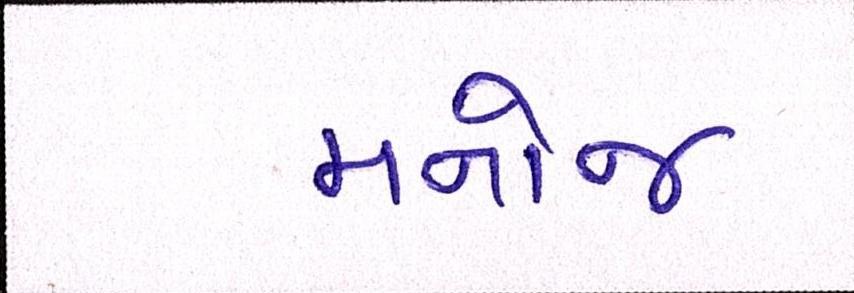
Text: મનોજ